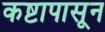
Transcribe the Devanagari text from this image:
कष्टापासून